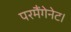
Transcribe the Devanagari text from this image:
परमैंगेनेट।